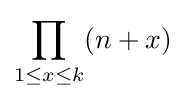
\prod _{1\leq x\leq k}(n+x)